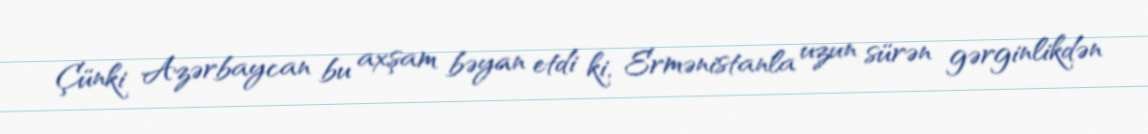
Çünki Azərbaycan bu axşam bəyan etdi ki, Ermənistanla uzun sürən gərginlikdən